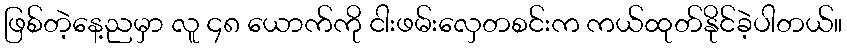
ဖြစ်တဲ့နေ့ညမှာ လူ ၄၈ ယောက်ကို ငါးဖမ်းလှေတစင်းက ကယ်ထုတ်နိုင်ခဲ့ပါတယ်။